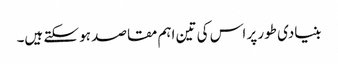
بنیادی طور پر اس کی تین اہم مقاصد ہو سکتے ہیں۔